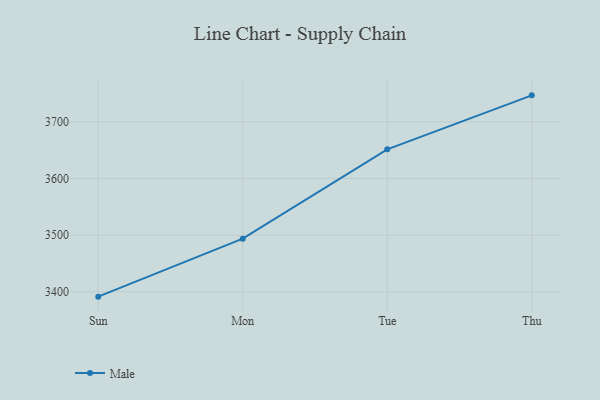
{"axis": {"x": "Day", "y": "Net Income (USD K)"}, "legend": ["Male"], "data": [{"x": "Sun", "y": 3391.6, "type": "Male"}, {"x": "Mon", "y": 3493.9, "type": "Male"}, {"x": "Tue", "y": 3651.5, "type": "Male"}, {"x": "Thu", "y": 3746.7, "type": "Male"}]}